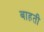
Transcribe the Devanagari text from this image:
बाहती